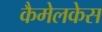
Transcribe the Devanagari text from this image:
कैमेलकेस